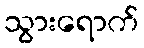
သွားရောက်